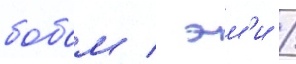
бобом / эм'и /